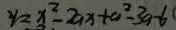
y = x ^ { 2 } - 2 a x + a ^ { 2 } - 3 a - 6